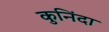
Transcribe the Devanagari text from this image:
कुनिंदा